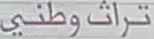
تراث وطني